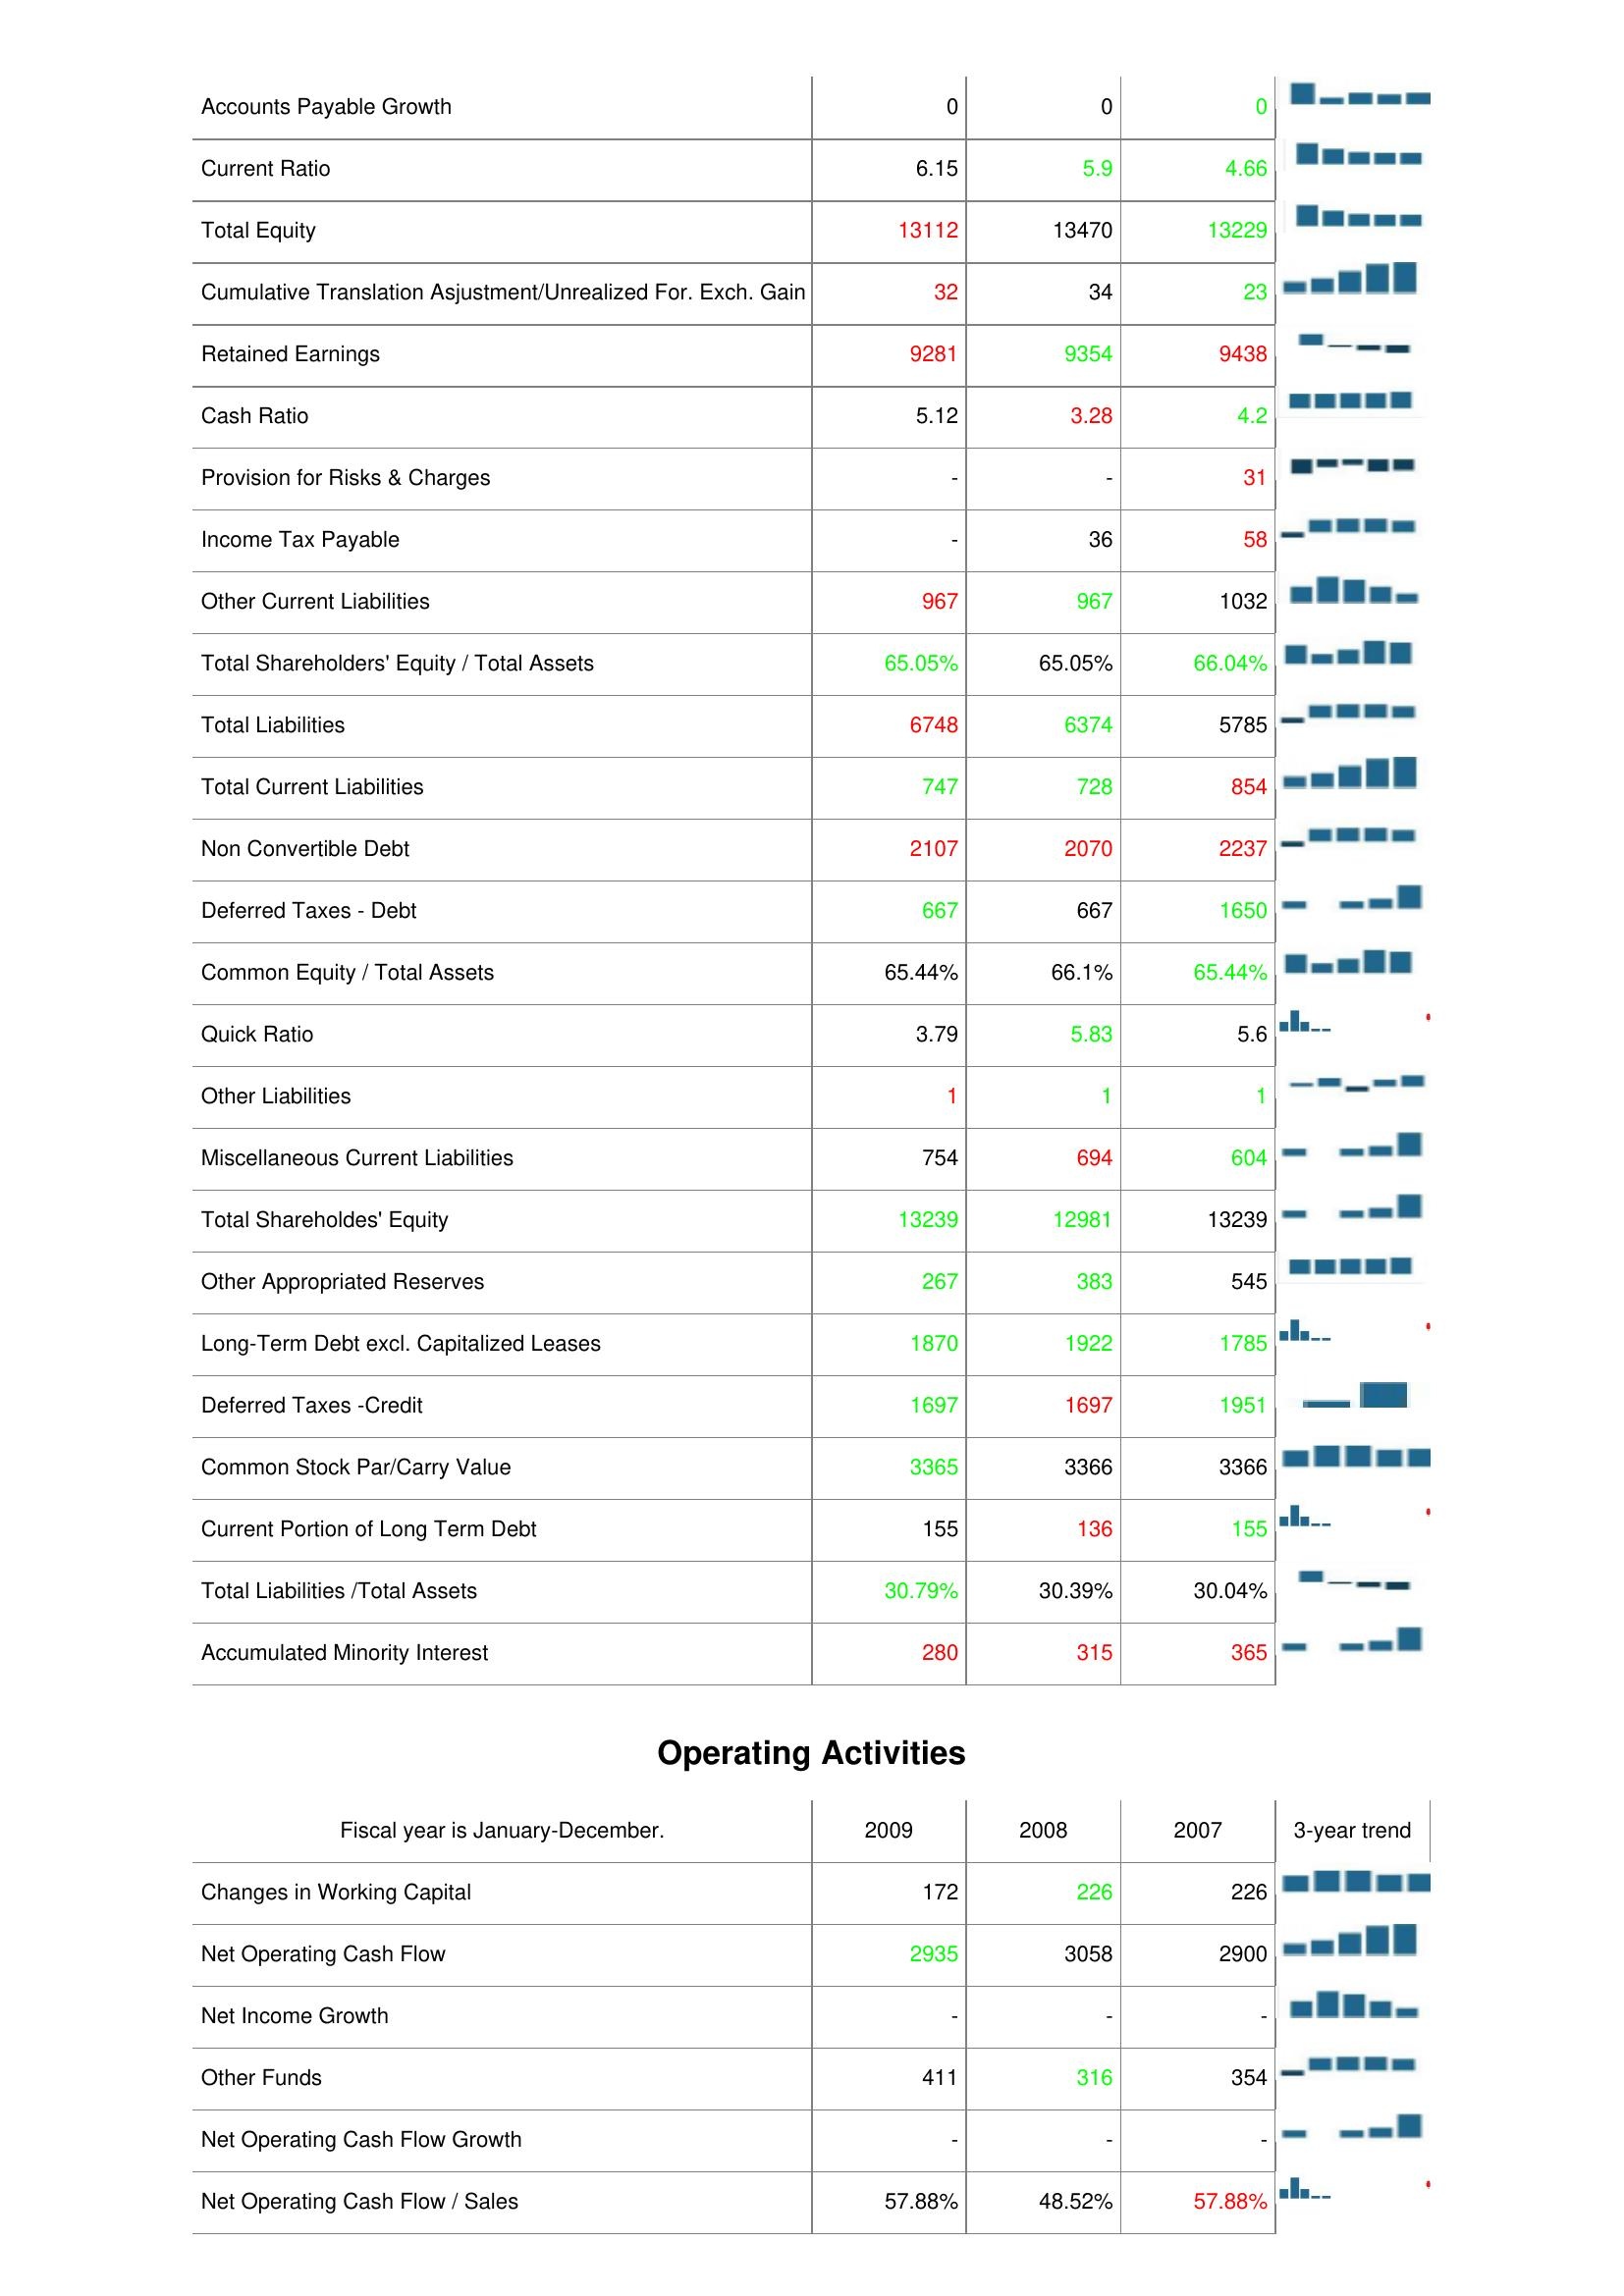
2009: Liabilities & Shareholder's Equity: Accounts Payable Growth: 0
Current Ratio: 6.15
Total Equity: 13112
Cumulative Translation Asjustment/Unrealized For. Exch. Gain: 32
Retained Earnings: 9281
Cash Ratio: 5.12
Provision for Risks & Charges: -
Income Tax Payable: -
Other Current Liabilities: 967
Total Shareholders' Equity / Total Assets: 65.05%
Total Liabilities: 6748
Total Current Liabilities: 747
Non Convertible Debt: 2107
Deferred Taxes - Debt: 667
Common Equity / Total Assets: 65.44%
Quick Ratio: 3.79
Other Liabilities: 1
Miscellaneous Current Liabilities: 754
Total Shareholdes' Equity: 13239
Other Appropriated Reserves: 267
Long-Term Debt excl. Capitalized Leases: 1870
Deferred Taxes -Credit: 1697
Common Stock Par/Carry Value: 3365
Current Portion of Long Term Debt: 155
Total Liabilities /Total Assets: 30.79%
Accumulated Minority Interest: 280
Operating Activities: Changes in Working Capital: 172
Net Operating Cash Flow: 2935
Net Income Growth: -
Other Funds: 411
Net Operating Cash Flow Growth: -
Net Operating Cash Flow / Sales: 57.88%
2008: Liabilities & Shareholder's Equity: Accounts Payable Growth: 0
Current Ratio: 5.9
Total Equity: 13470
Cumulative Translation Asjustment/Unrealized For. Exch. Gain: 34
Retained Earnings: 9354
Cash Ratio: 3.28
Provision for Risks & Charges: -
Income Tax Payable: 36
Other Current Liabilities: 967
Total Shareholders' Equity / Total Assets: 65.05%
Total Liabilities: 6374
Total Current Liabilities: 728
Non Convertible Debt: 2070
Deferred Taxes - Debt: 667
Common Equity / Total Assets: 66.1%
Quick Ratio: 5.83
Other Liabilities: 1
Miscellaneous Current Liabilities: 694
Total Shareholdes' Equity: 12981
Other Appropriated Reserves: 383
Long-Term Debt excl. Capitalized Leases: 1922
Deferred Taxes -Credit: 1697
Common Stock Par/Carry Value: 3366
Current Portion of Long Term Debt: 136
Total Liabilities /Total Assets: 30.39%
Accumulated Minority Interest: 315
Operating Activities: Changes in Working Capital: 226
Net Operating Cash Flow: 3058
Net Income Growth: -
Other Funds: 316
Net Operating Cash Flow Growth: -
Net Operating Cash Flow / Sales: 48.52%
2007: Liabilities & Shareholder's Equity: Accounts Payable Growth: 0
Current Ratio: 4.66
Total Equity: 13229
Cumulative Translation Asjustment/Unrealized For. Exch. Gain: 23
Retained Earnings: 9438
Cash Ratio: 4.2
Provision for Risks & Charges: 31
Income Tax Payable: 58
Other Current Liabilities: 1032
Total Shareholders' Equity / Total Assets: 66.04%
Total Liabilities: 5785
Total Current Liabilities: 854
Non Convertible Debt: 2237
Deferred Taxes - Debt: 1650
Common Equity / Total Assets: 65.44%
Quick Ratio: 5.6
Other Liabilities: 1
Miscellaneous Current Liabilities: 604
Total Shareholdes' Equity: 13239
Other Appropriated Reserves: 545
Long-Term Debt excl. Capitalized Leases: 1785
Deferred Taxes -Credit: 1951
Common Stock Par/Carry Value: 3366
Current Portion of Long Term Debt: 155
Total Liabilities /Total Assets: 30.04%
Accumulated Minority Interest: 365
Operating Activities: Changes in Working Capital: 226
Net Operating Cash Flow: 2900
Net Income Growth: -
Other Funds: 354
Net Operating Cash Flow Growth: -
Net Operating Cash Flow / Sales: 57.88%